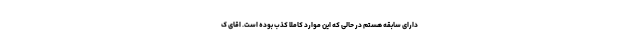
دارای سابقه هستم در حالی که این موارد کاملاً کذب بوده است. اقای ک